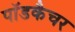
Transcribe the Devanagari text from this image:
पॉडकैचर